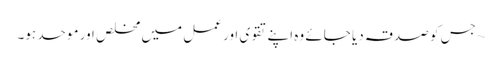
~ جس کو صدقہ دیا جائے وہ اپنےتقوی اور عمل میں مخلص اور موحد ہو۔